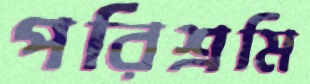
পরিশ্রমি